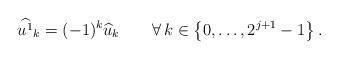
LaTeX: \begin{align*} \widehat{u^1}_k=(-1)^{k}\widehat{u}_k \qquad\forall\, k\in\left\{0,\dotsc,2^{j+1}-1\right\}. \end{align*}